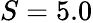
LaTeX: S=5.0